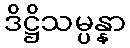
ဒိဋ္ဌိသမ္ပန္နာ